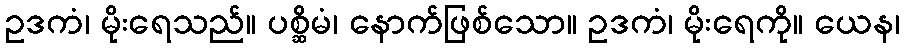
ဥဒကံ၊ မိုးရေသည်။ ပစ္ဆိမံ၊ နောက်ဖြစ်သော။ ဥဒကံ၊ မိုးရေကို။ ယေန၊